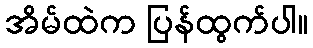
အိမ်ထဲက ပြန်ထွက်ပါ။